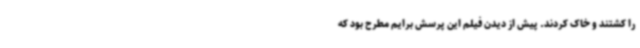
را کشتند و خاک کردند. پیش از دیدن فیلم این پرسش برایم مطرح بود که